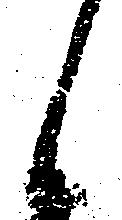
候